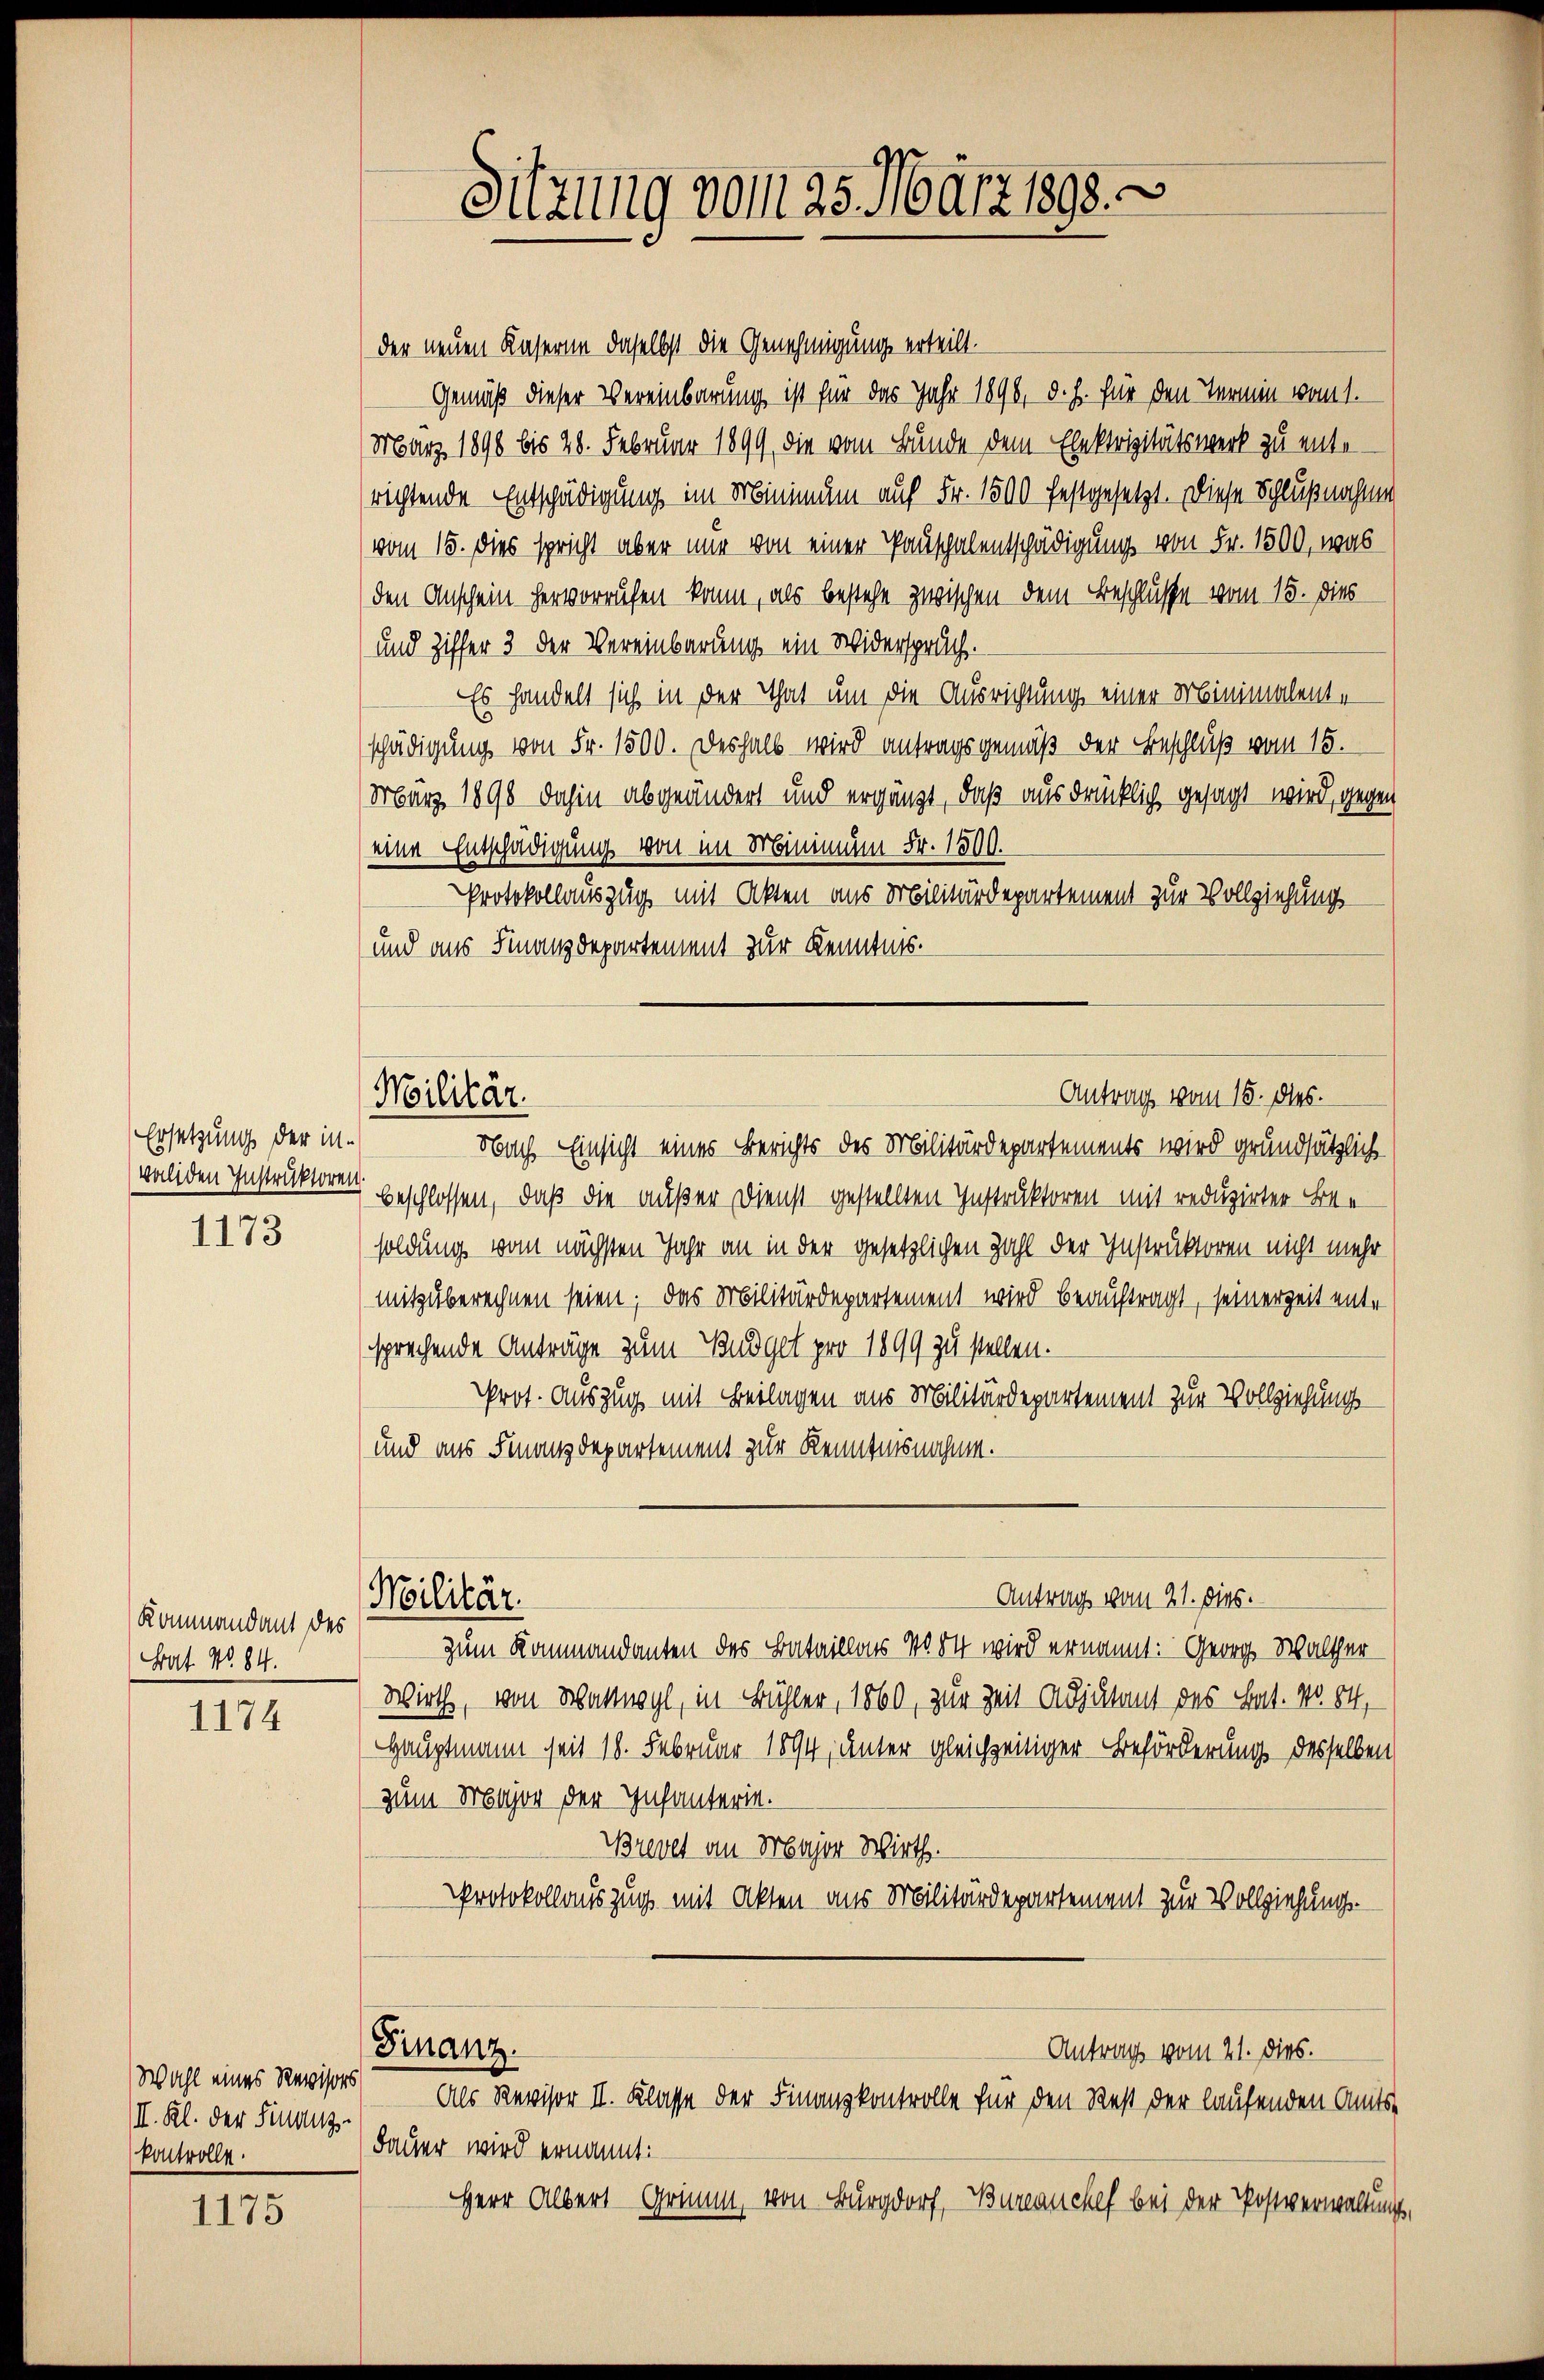
1174

1175

Ersetzung der in¬
1173

Kommandant des
Bat. No. 84.

Wahl eines Revises
III. Kl. der Finanz-
kontrolle.

Sitzung vom 25. März 1890. 3

Antrag vom 15. ds.
Militär.

Militär.

der neuen Kaserne daselbst die Genehmigung erteilt.
Gemäß dieser Vereinbarung ist für das Jahr 1898, d. h. für den Termin vom 1.
März 1890 bis 28. Februar 1899, die vom Bunde dem Elektrizitätswerk zu ente-
richtende Entschädigung im Minimum auf Fr. 1500 festgesetzt. Diese Schlußnahmen
vom 15. dies spricht aber nur von einer Pausphalentschädigung von Fr. 1500, was
den Anschein hervorrufen kann, als bestehe zwischen dem Beschlusse vom 15. dies
und Ziffer 3 der Vereinbarung ein Widerspruch.
Es handelt sich in der That um die Ausrichtung einer Minimalent-
6
schädigung von Fr. 1500. Deshalb wird antragsgemäß der Beschluß vom 15.
März 1898 dahin abgeändert und ergänzt, daß ausdrücklich gesagt wird, gegen
(eine Entschädigung von im Minimum Fr. 1500.
Protokollauszug mit Akten aus Militärdepartement zur Vollziehung
und aus Finanzdepartement zur Kenntnis.

Nach Einsicht eines Berichts des Militärdepartements wird grundsätzlich
validen Instruktoren geschlossen, daß die außer Dienst gestellten Instruktoren mit reduzirter Besoldung vom nächsten Jahr an in der gesetzlichen Zahl der Instruktoren nicht mehr
mitzuberechnen seien; das Militärdepartement wird beauftragt, seinerzeit entsprechende Anträge zum Budget pro 1899 zu stellen.
Prot. Auszug mit Beilagen aus Militärdepartement zur Vollziehungs-
und aus Finanzdepartement zur Kenntnisnahme.
zum Kommandanten des Bataillons No 4 wird ernannt: Georg Walther
Wirth, von Wattwyl, in Bühler, 1860, zur Zeit Adjutant des Bat. No. 84,
Hauptmann seit 18. Februar 1894, unter gleichzeitiger Beförderung desselben
zum Major der Infanterin.
Brevet an Major Wirths.
Protokollauszug mit Akten aus Militärdepartement zur Vollziehung.
Finanz
Antrag vom 21. dies.
Als Revisor II. Klasse der Finanzkontrolle für den Rest der laufenden Amtsdauer wird ernannt:
Herr Albert Grimm, von Burgdorf, Bureauchef bei der Postverwaltungs¬

Antrag vom 21. dies.